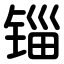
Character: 锱